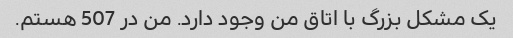
یک مشکل بزرگ با اتاق من وجود دارد. من در 507 هستم.